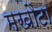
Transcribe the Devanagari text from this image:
मखौटा